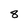
Character: 8